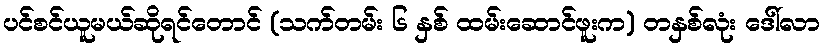
ပင်စင်ယူမယ်ဆိုရင်တောင် (သက်တမ်း ၆ နှစ် ထမ်းဆောင်ဖူးက) တနှစ်လုံး ဒေါ်လာ